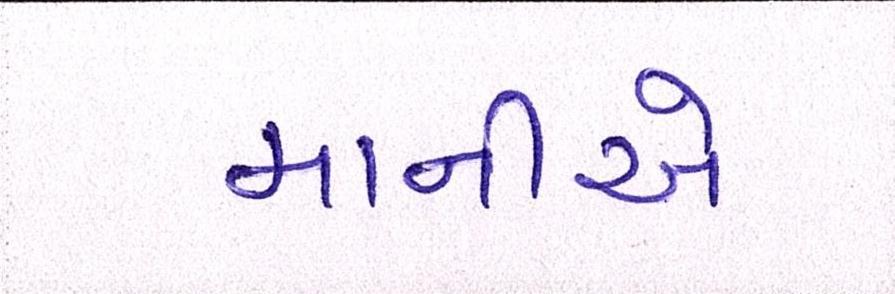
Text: માનીએ